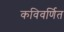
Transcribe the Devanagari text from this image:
कविवर्णित